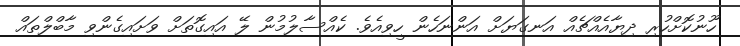
ހޫނުކޮށްހުރި ދިޔާއެއްޗެއް އަނގަޔަށް އަންނަހެން ހީވިއެވެ. ކެއްސާލުމުން ލޭ އައިގޮތަށް ވަށައިގެންވި މާބްލްތައް